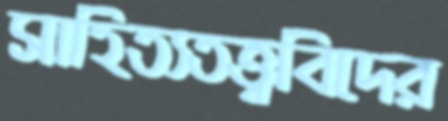
সাহিত্যতত্ত্ববিদের